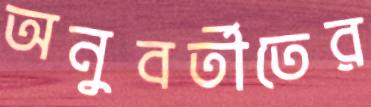
অনুবর্তীতের